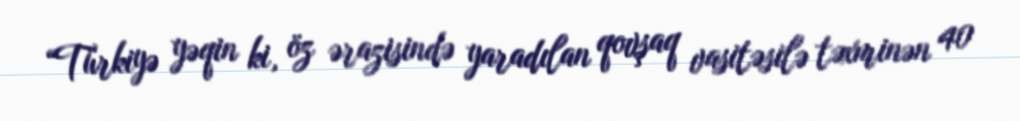
“Türkiyə yəqin ki, öz ərazisində yaradılan qovşaq vasitəsilə təxminən 40